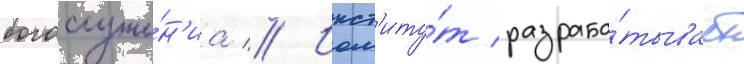
богослуже́н'иа // Инст'иту́т разраба́тывает